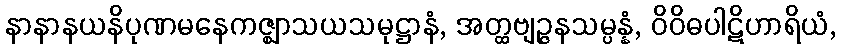
နာနာနယနိပုဏမနေကဇ္ဈာသယသမုဋ္ဌာနံ, အတ္ထဗျဉ္ဇနသမ္ပန္နံ, ဝိဝိဓပါဋိဟာရိယံ,